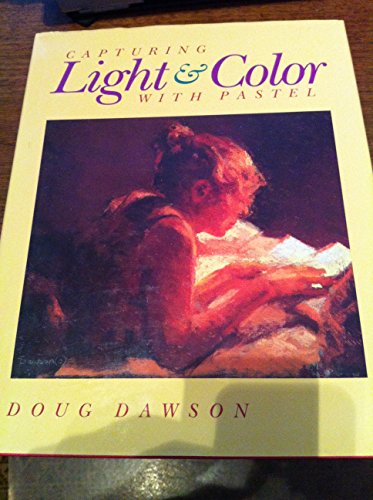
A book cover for Capturing Light & Color With Pastel; Doug Dawson; Arts & Photography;